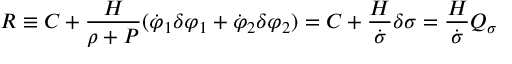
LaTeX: { \cal R } \equiv C + \frac { H } { \rho + P } ( \dot { \varphi } _ { 1 } \delta \varphi _ { 1 } + \dot { \varphi } _ { 2 } \delta \varphi _ { 2 } ) = C + \frac { H } { \dot { \sigma } } \delta \sigma = \frac { H } { \dot { \sigma } } Q _ { \sigma }